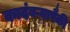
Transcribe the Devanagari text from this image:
कादंबऱ्यापैकी